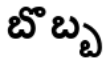
బొబ్బ